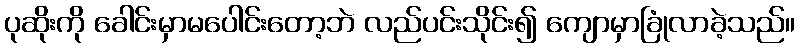
ပုဆိုးကို ခေါင်းမှာမပေါင်းတော့ဘဲ လည်ပင်းသိုင်း၍ ကျောမှာခြုံလာခဲ့သည်။